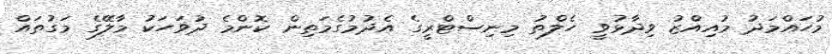
މުހައްމަދު މުއިއްޒު ވިދާޅުވީ ހެލްތު މިނިސްޓްރީގެ އެދުމުގެމަތިން ކޮންމެ ދުވަހަކު މާލޭގެ މަގުތައް